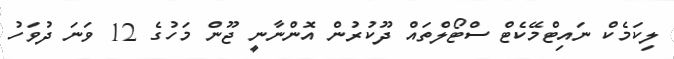
ލިކަމެކް ނައިޓްމޭކެޓް ސްޓޯލްތައް ދޫކުރުން އޮންނާނީ ޖޫން މަހުގެ 12 ވަނަ ދުވަހު